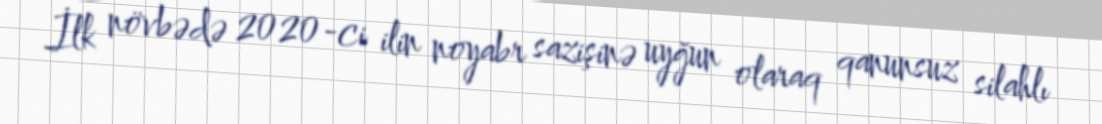
İlk növbədə 2020-ci ilin noyabr sazişinə uyğun olaraq qanunsuz silahlı